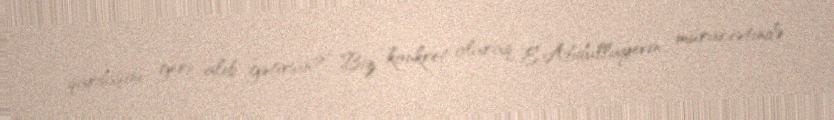
qardaşını geri alıb gətirsin?” Biz konkret olaraq E.Abdullayevin müraciətində